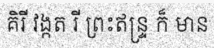
គិរី វង្កត រី ព្រះឥន្ទ្រ ក៏ មាន